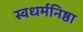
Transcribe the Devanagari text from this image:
स्वधर्मनिष्ठा